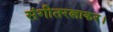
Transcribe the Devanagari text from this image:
संगीतरत्नाकर।